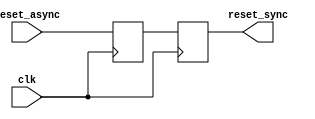
module async_reset_synchronizer (
    input wire reset_async,  // Asynchronous reset input
    input wire clk,          // Clock input
    output reg reset_sync    // Synchronized reset output
);

    // Internal registers for double-register synchronization
    reg reset_sync_1; // First stage of synchronization

    always @(posedge clk) begin
        // Sample the asynchronous reset signal
        reset_sync_1 <= reset_async; // First flip-flop
        reset_sync <= reset_sync_1;   // Second flip-flop
    end

endmodule